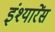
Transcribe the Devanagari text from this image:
इंश्यारेंस